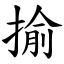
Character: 揄